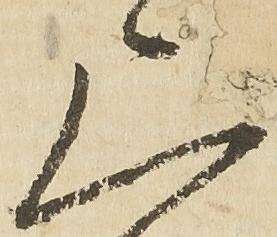
上